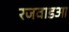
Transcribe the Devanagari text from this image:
रजवाडआ